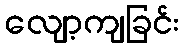
လျော့ကျခြင်း